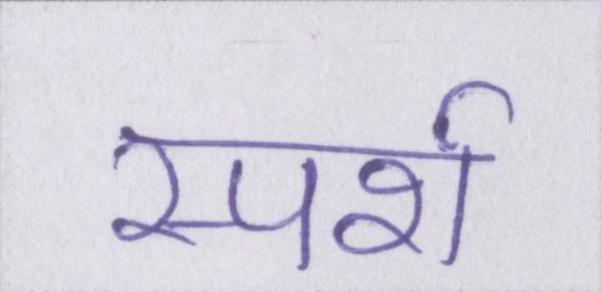
स्पर्श